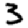
Digit: 3